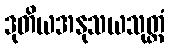
ဒုတိယအနုသယသုတ္တံ